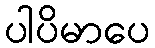
ပါပိမာပေ